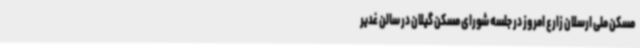
مسکن ملی ارسلان زارع امروز در جلسه شورای مسکن گیلان در سالن غدیر